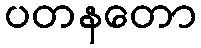
ပတနတော